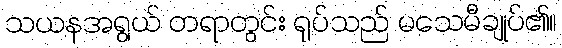
သယနအရွယ် တရာတွင်း ရုပ်သည် မသေမီချုပ်၏။